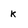
Character: k